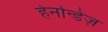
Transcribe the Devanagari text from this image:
हेर्नान्डेज़